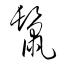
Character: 鬛